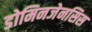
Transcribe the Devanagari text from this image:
डोमिनजेनसिस